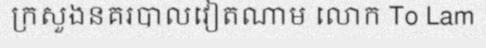
ក្រសួងនគរបាលវៀតណាម លោក To Lam